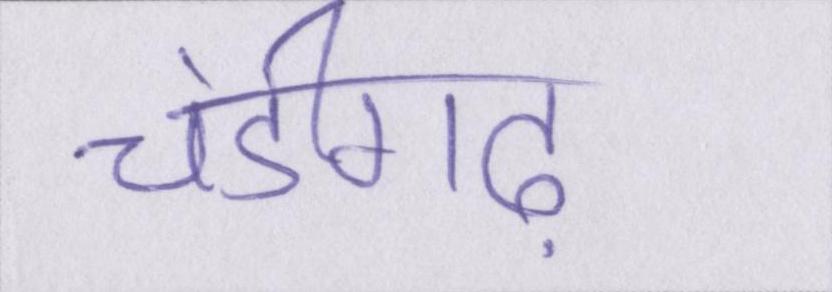
चंडीगढ़